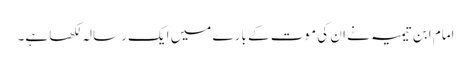
امام ابن تیمیہ نے ان کی موت کے بارے میں ایک رسالہ لکھا ہے۔